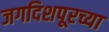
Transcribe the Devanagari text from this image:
जगदिशपूरच्या